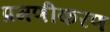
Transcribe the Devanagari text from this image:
प्रमणीकरण